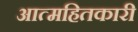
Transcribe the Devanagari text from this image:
आत्महितकारी